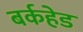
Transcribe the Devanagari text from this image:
बर्कहेड